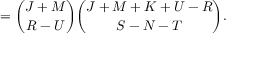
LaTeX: = { \binom { J + M } { R - U } } { \binom { J + M + K + U - R } { S - N - T } } .